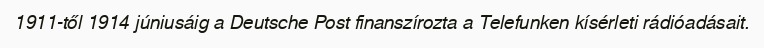
1911-től 1914 júniusáig a Deutsche Post finanszírozta a Telefunken kísérleti rádióadásait.